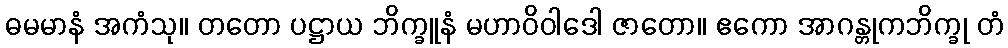
ဓမမာနံ အကံသု။ တတော ပဋ္ဌာယ ဘိက္ခူနံ မဟာဝိဝါဒေါ ဇာတော။ ဧကော အာဂန္တုကဘိက္ခု တံ